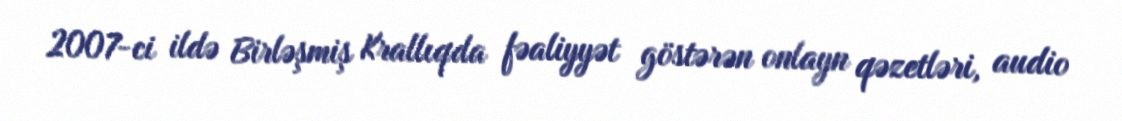
2007-ci ildə Birləşmiş Krallıqda fəaliyyət göstərən onlayn qəzetləri, audio